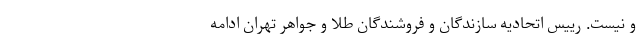
و نیست. رییس اتحادیه سازندگان و فروشندگان طلا و جواهر تهران ادامه